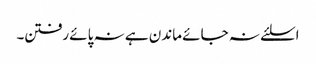
اسلئے نہ جائے ماندن ہے نہ پائے رفتن۔